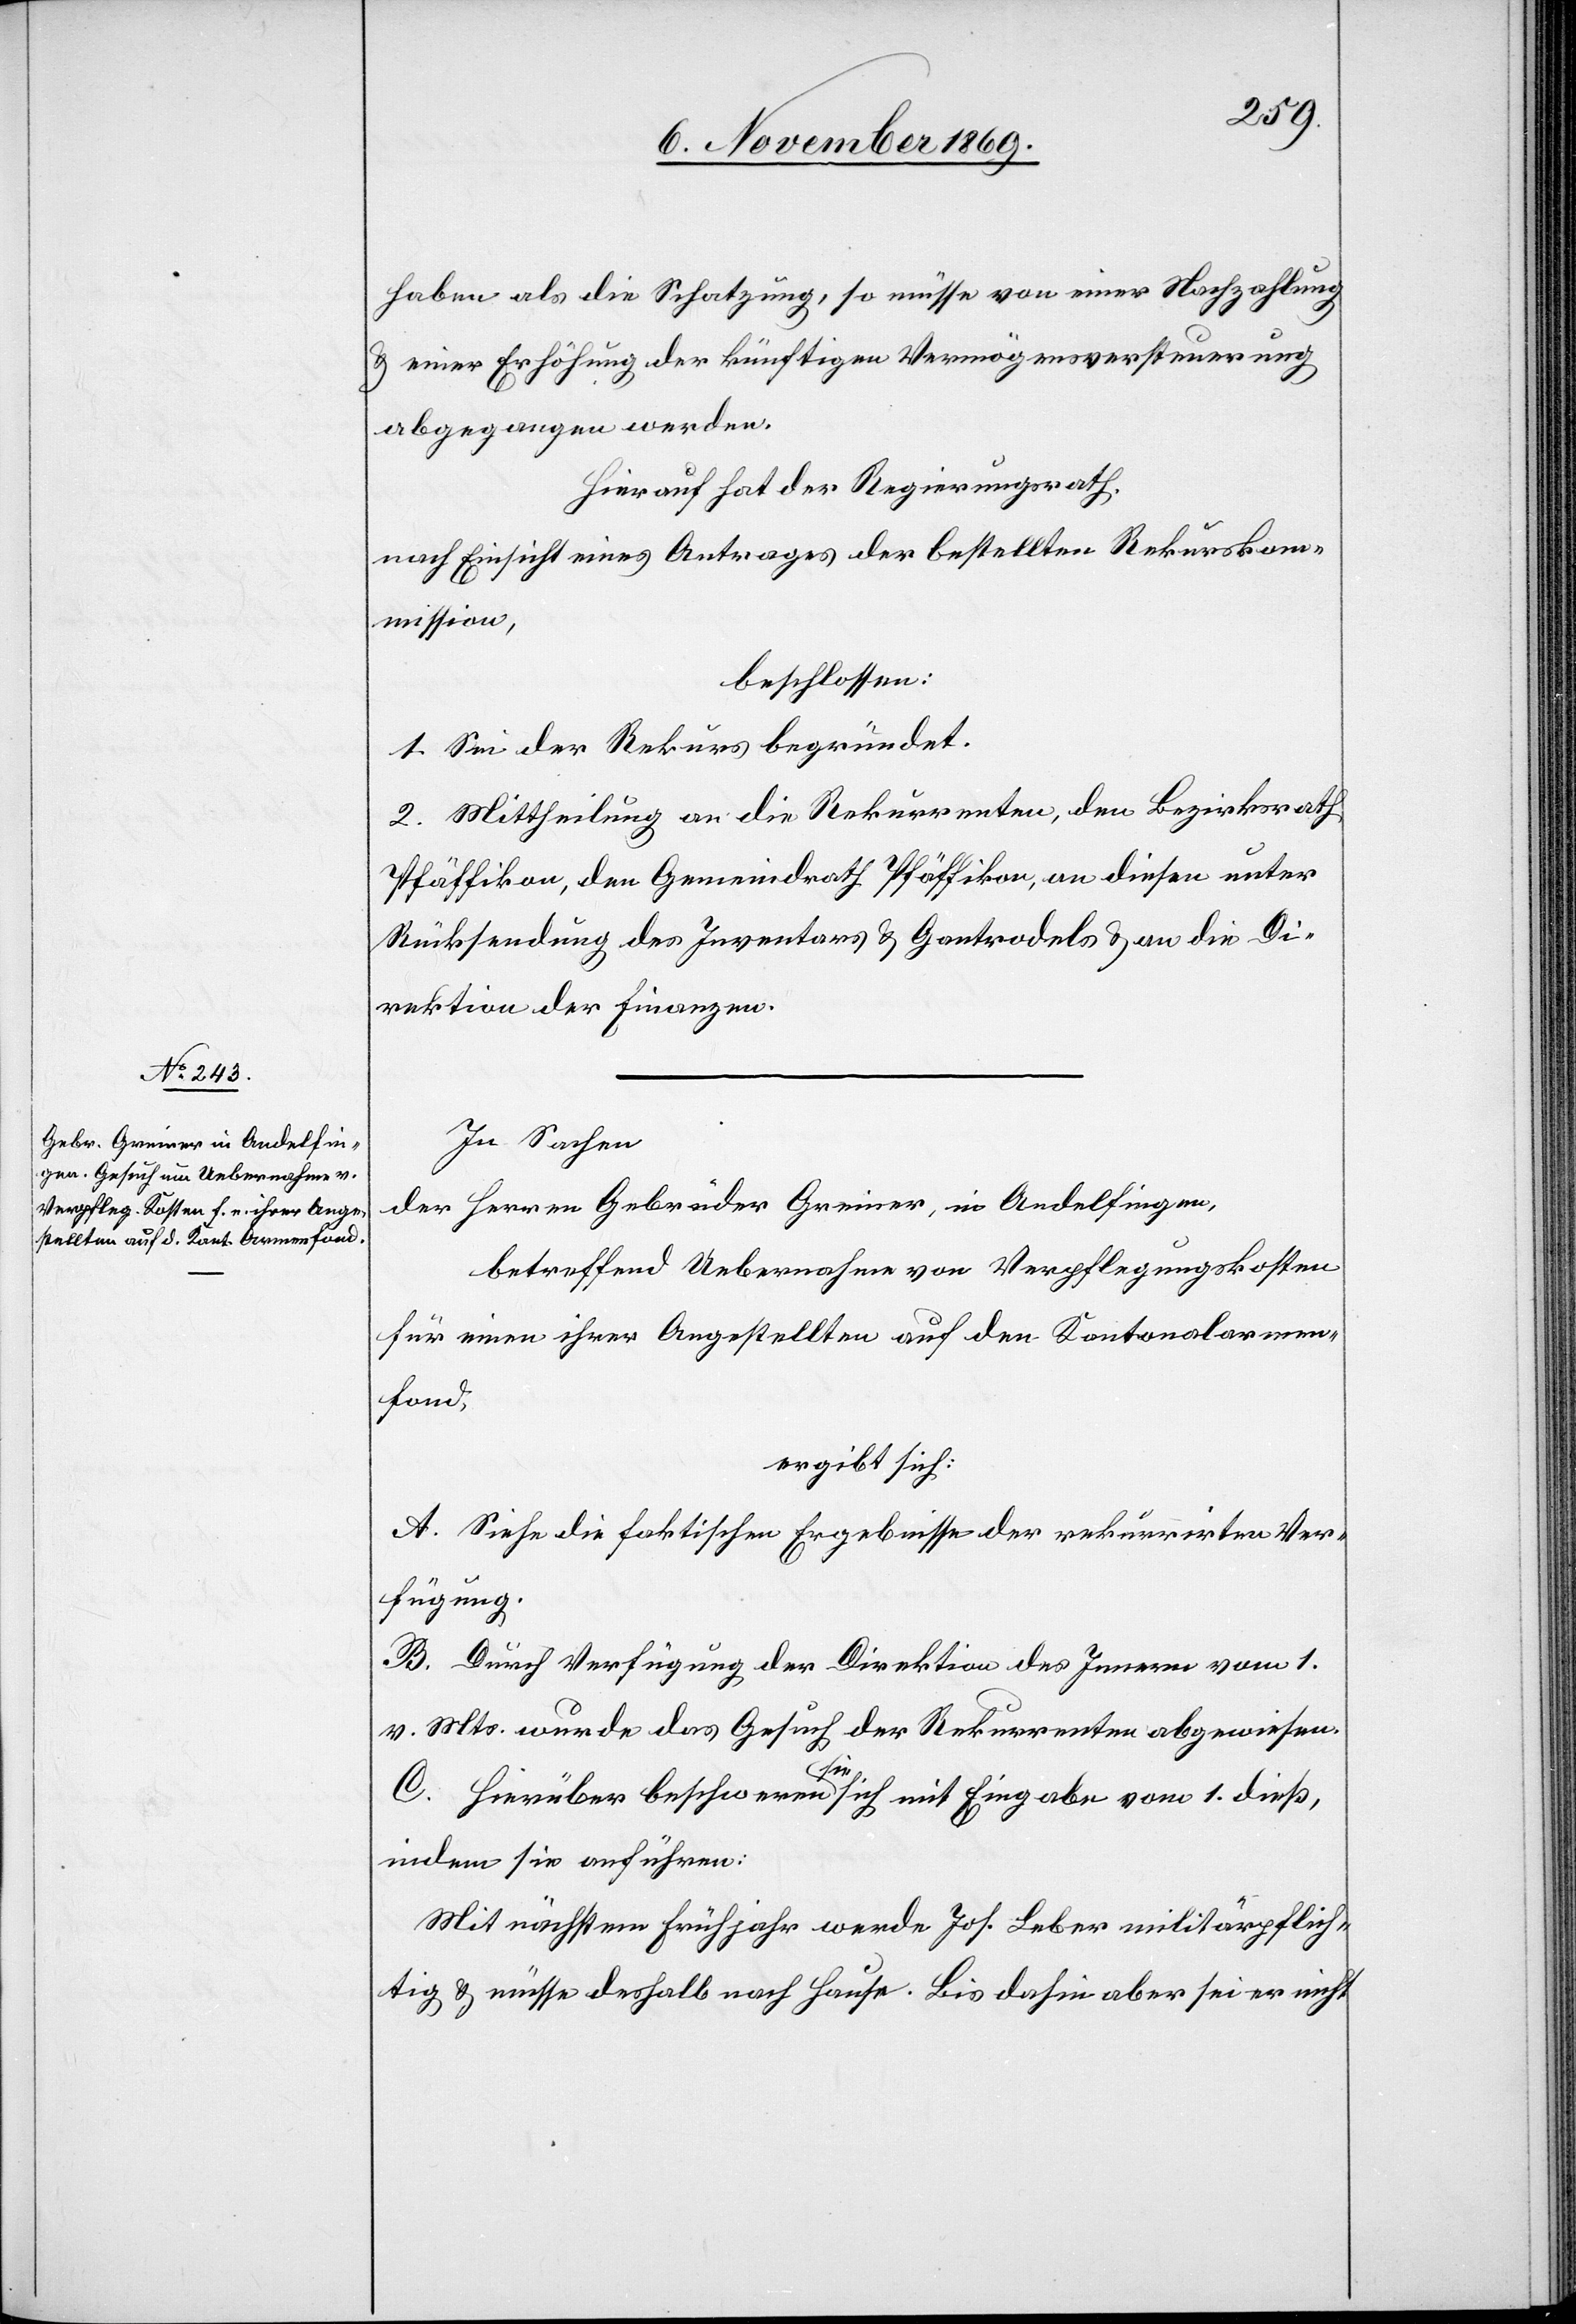
haben als die Schatzung, so müsse von einer Nachzahlung
& einer Erhöhung der künftigen Vermögensversteuerung
abgegangen werden.
Hierauf hat der Regierungsrath,
nach Einsicht eines Antrages der bestellten Rekurskom¬
mission,
beschlossen:
1. Sei der Rekurs begründet.
2. Mittheilung an die Rekurrenten, den Bezirksrath
Pfäffikon, den Gemeindrath Pfäffikon, an diesen unter
Rücksendung des Inventars & Gantrodels & an die Di¬
rektion der Finanzen.
In Sachen
der Herren Gebrüder Greiner, in Andelfingen,
betreffend Uebernahme von Verpflegungskosten
für einen ihrer Angestellten auf den Kantonalarmen¬
fond,
ergibt sich:
A. Siehe die faktischen Ergebnisse der rekurrirten Ver¬
fügung.
B. Durch Verfügung der Direktion des Innern vom 1.
v. Mts. wurde das Gesuch der Rekurrenten abgewiesen.
C. Hierüber beschweren sie sich mit Eingabe vom 1. dieß,
indem sie anführen:
Mit nächstem Frühjahr werde Jos. Leber militärpflich¬
tig & müsse deshalb nach Hause. Bis dahin aber sei er nicht